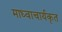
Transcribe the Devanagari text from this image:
माध्वाचार्यकृत